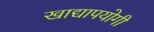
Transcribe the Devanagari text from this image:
खाद्यापयोगी